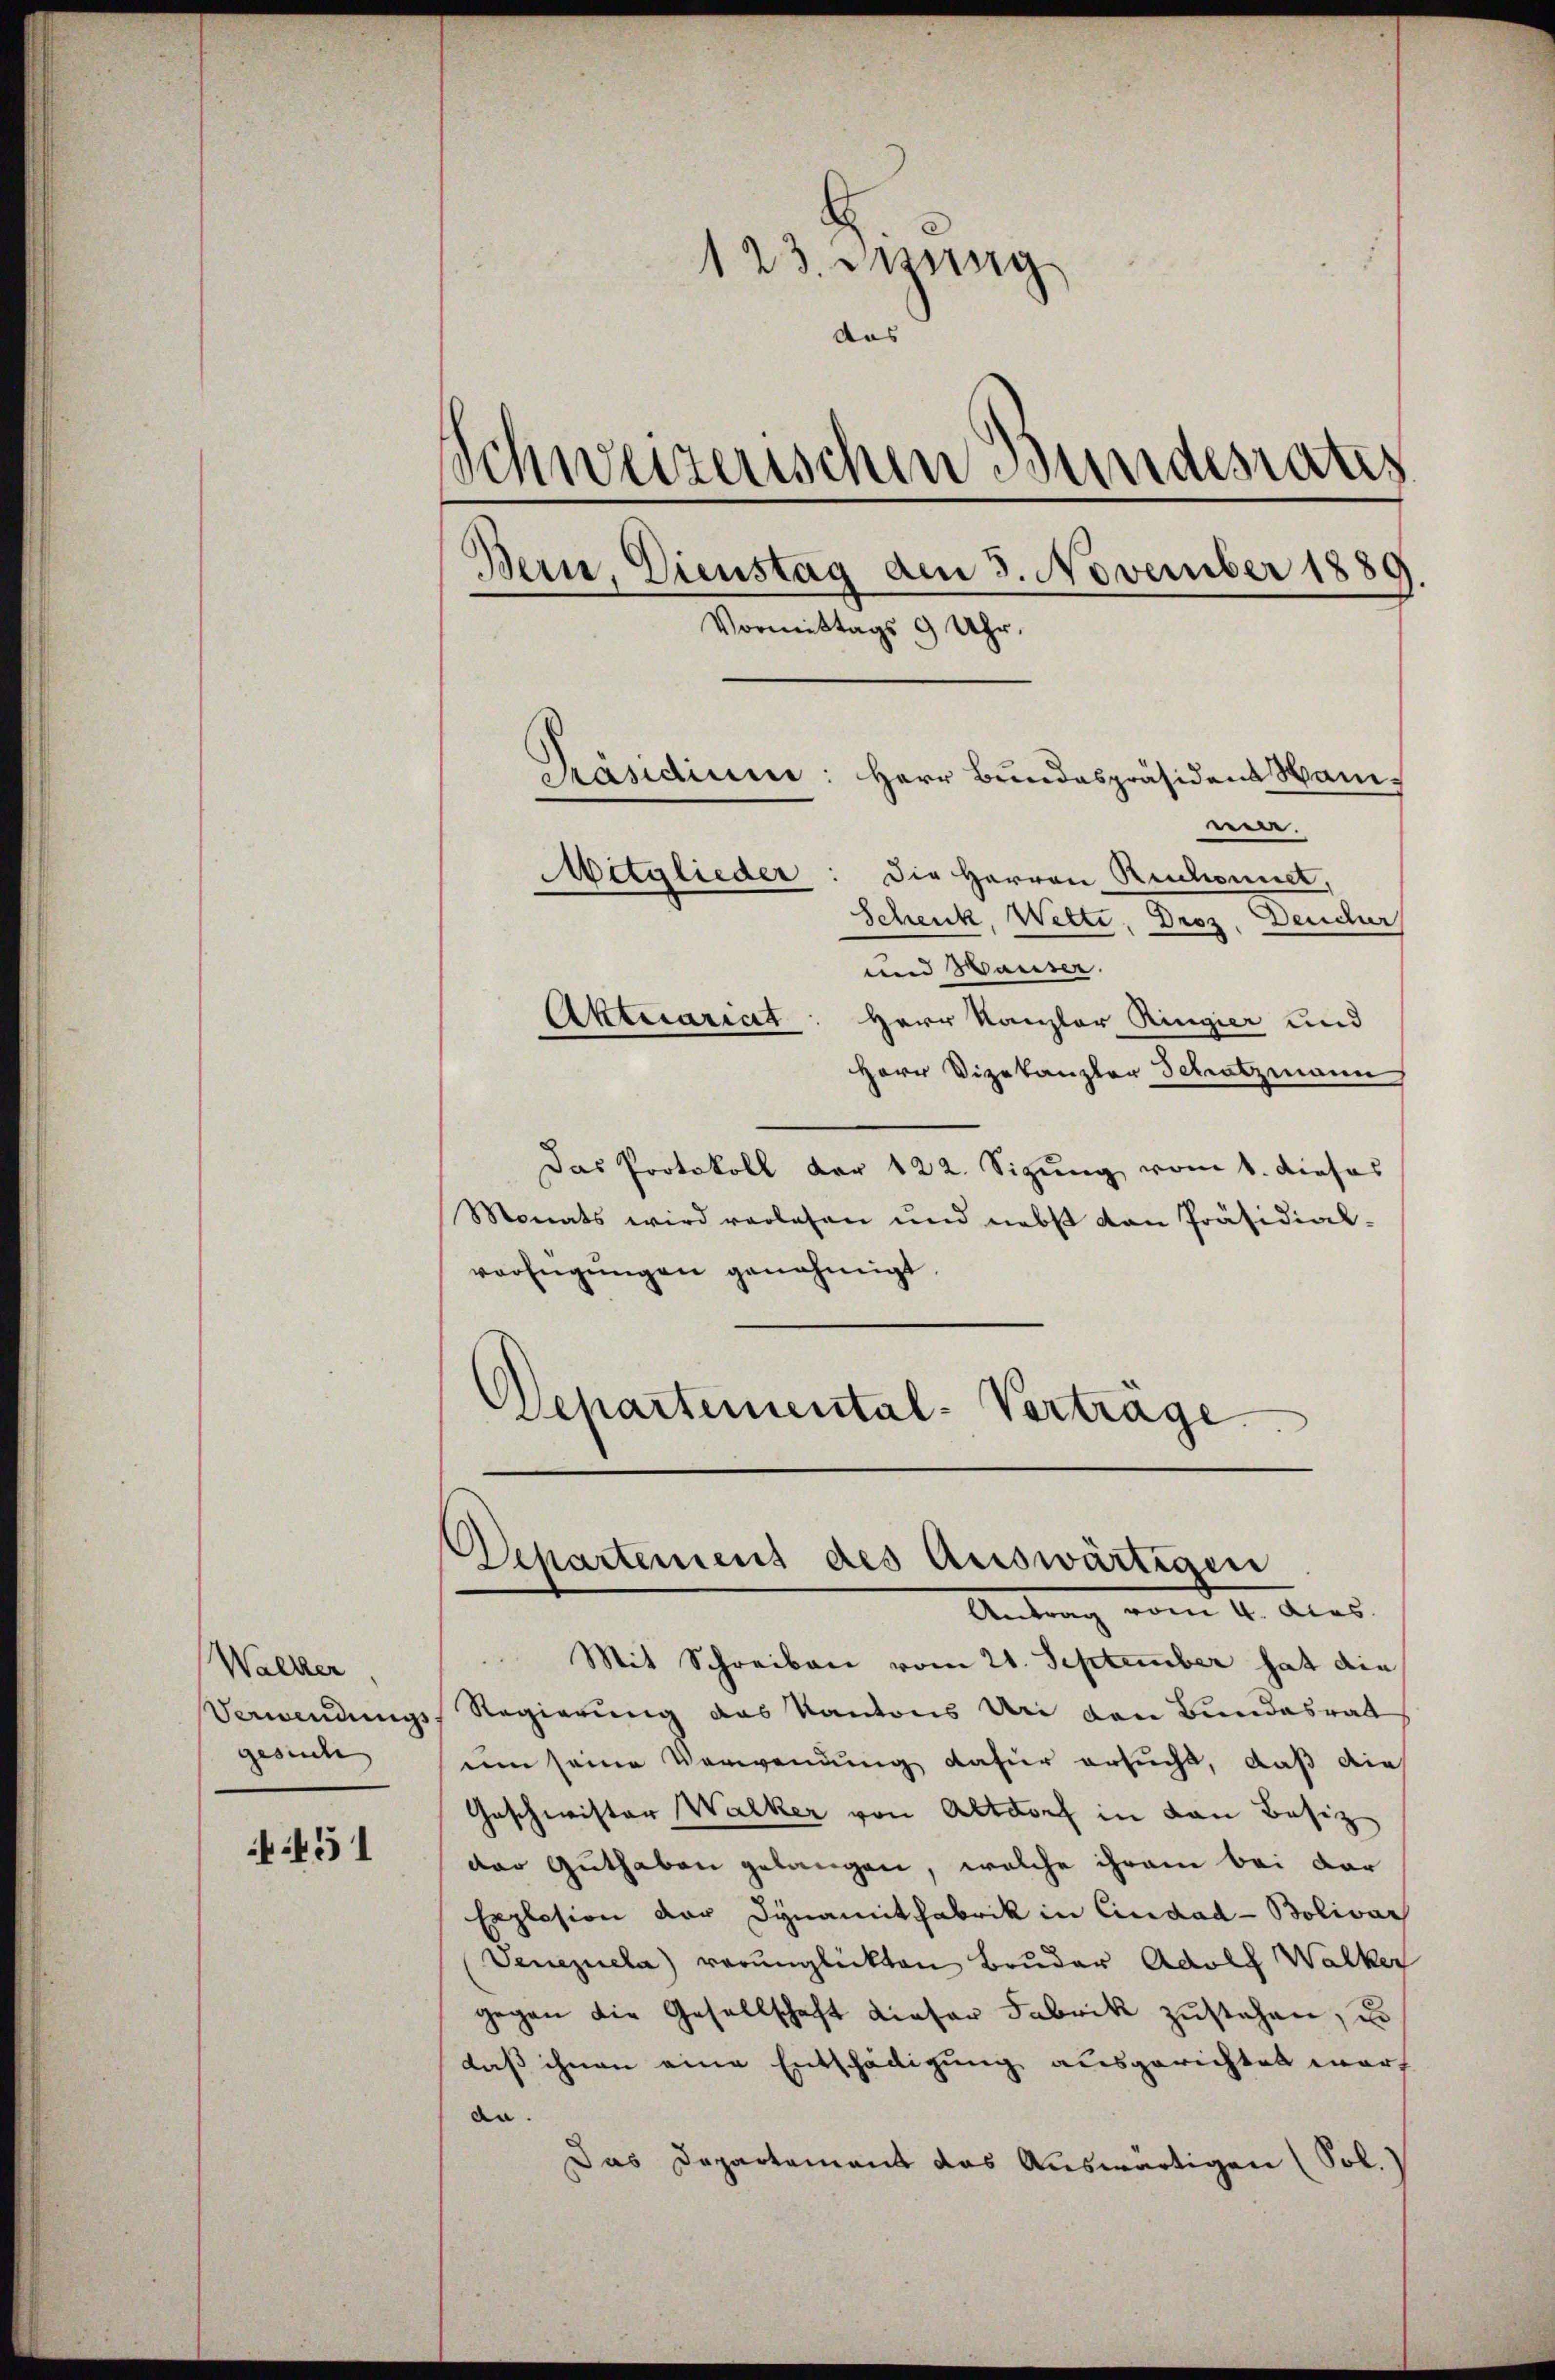
Walker.
Verwendungs
gesuche

:451

123. Jung
das
Schweizerischen Bundesrates
Bern, Dienstag am 3. November 1889.
Vormittags 9 Uhr.
Präsidium: Herr Bundespräsident Manwer.
Mitglieder
Die Herren Reichnet,
Schenk, Wette, Droz, Deudur

und Hauser.
Aktuariat: Herr Kanzler Ringier und
Herr Vizekanzler Schatzmann
Das Protokoll der 122. Sizŭng vom 1. dieses
Monats wird verlesen und nebst von Präsidial-
verfügungen genehmigt
Departemental-Verträge

Departement des Auswärtigen
Antrag vom 2. Ales.

Mit Schreiben vom 21. September hat die
Regierung das Kantons Uri den Bundesrat
um seine Verwendung dafür ersucht, daß die
Geschwister Walker von Altdorf in den Besiz
dar Guthaben gelangen, welche ihrem bei dar
Explosion der Dynamitfabrik in Cindad-Bolivar
Veneziela) verunglückten Bruder Adolf Walker
gegen die Gesellschaft dieser Fabrik zustehen, u
daß ihnen eine Entschädigung ausgerichtet war,
da.
Das Departement das Auswärtigen (Sol.)